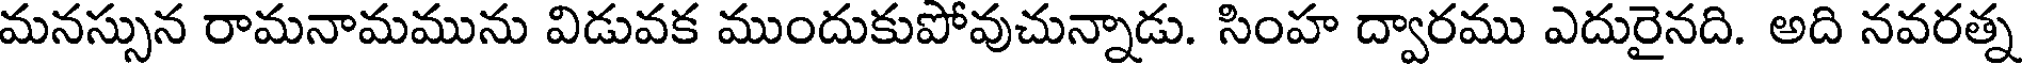
మనస్సున రామనామమును విడువక ముందుకుపోవుచున్నాడు. సింహ ద్వారము ఎదురైనది. అది నవరత్న